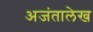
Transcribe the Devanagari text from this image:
अजंतालेख